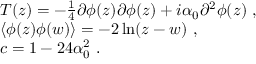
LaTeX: \begin{array} { r c l } { { } } & { { } } & { { T ( z ) = - \frac { 1 } { 4 } \partial \phi ( z ) \partial \phi ( z ) + i \alpha _ { 0 } \partial ^ { 2 } \phi ( z ) ~ , } } \\ { { } } & { { } } & { { \langle \phi ( z ) \phi ( w ) \rangle = - 2 \ln ( z - w ) ~ , } } \\ { { } } & { { } } & { { c = 1 - 2 4 \alpha _ { 0 } ^ { 2 } ~ . } } \end{array}